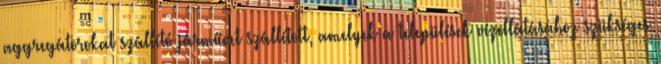
aggregátorokat szállító járművet szállított, amelyek a települések vízellátásához szükséges